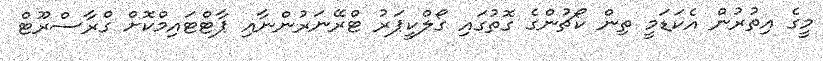
މީގެ އިތުރުން އެކަޑަމީ ތިން ކޯޗުންގެ ގޮތުގައި ގޯލްކީޕަރު ޓްރޭނަރުންނާއި ޕާޓްޓައިމްކޮށް ގްރާސްރޫޓް